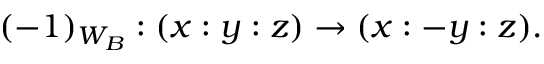
( - 1 ) _ { W _ { B } } : ( x : y : z ) \to ( x : - y : z ) .